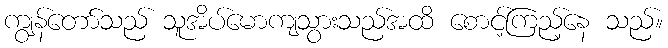
ကျွန်တော်သည် သူအိပ်မောကျသွားသည်အထိ စောင့်ကြည့်နေ သည်။